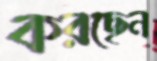
করছেন